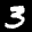
Label: 3